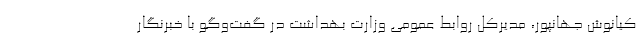
کیانوش جهانپور، مدیرکل روابط عمومی وزارت بهداشت در گفت‌وگو با خبرنگار